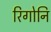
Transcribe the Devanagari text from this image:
रिगोनि